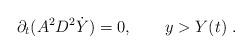
LaTeX: \begin{align*}\partial_t (A^2 D^2 \dot Y)= 0, \qquad y >Y(t) \ . \end{align*}